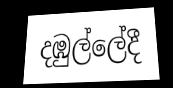
දඹුල්ලේදී